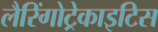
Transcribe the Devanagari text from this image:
लैरिंगोट्रेकाइटिस